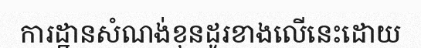
ការដ្ឋានសំណង់ខុនដូរខាងលើនេះដោយ